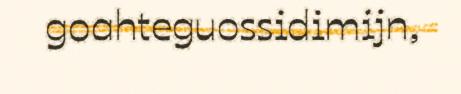
goahteguossidimijn,